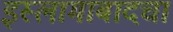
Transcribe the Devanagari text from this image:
इस्लामाबादचा